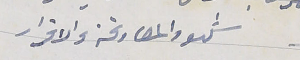
شهود المصارفة والاقرار